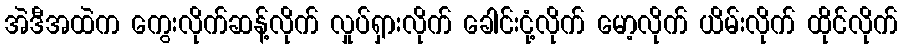
အဲဒီအထဲက ကွေးလိုက်ဆန့်လိုက် လှုပ်ရှားလိုက် ခေါင်းငုံ့လိုက် မော့လိုက် ယိမ်းလိုက် ထိုင်လိုက်